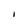
Character: I